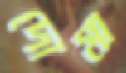
দোমা